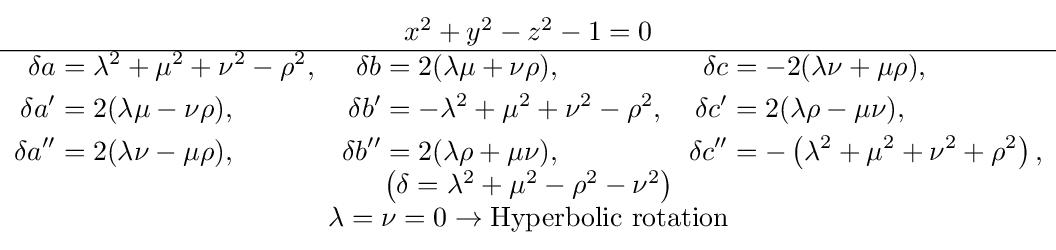
{\begin{matrix}x^{2}+y^{2}-z^{2}-1=0\\\hline {\scriptstyle {\begin{aligned}\delta a&=\lambda ^{2}+\mu ^{2}+\nu ^{2}-\rho ^{2},&\delta b&=2(\lambda \mu +\nu \rho ),&\delta c&=-2(\lambda \nu +\mu \rho ),\\\delta a'&=2(\lambda \mu -\nu \rho ),&\delta b'&=-\lambda ^{2}+\mu ^{2}+\nu ^{2}-\rho ^{2},&\delta c'&=2(\lambda \rho -\mu \nu ),\\\delta a''&=2(\lambda \nu -\mu \rho ),&\delta b''&=2(\lambda \rho +\mu \nu ),&\delta c''&=-\left(\lambda ^{2}+\mu ^{2}+\nu ^{2}+\rho ^{2}\right),\end{aligned}}}\\\left(\delta =\lambda ^{2}+\mu ^{2}-\rho ^{2}-\nu ^{2}\right)\\\lambda =\nu =0\rightarrow {\text{Hyperbolic rotation}}\end{matrix}}